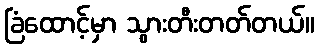
ခြံထောင့်မှာ သွားတီးတတ်တယ်။